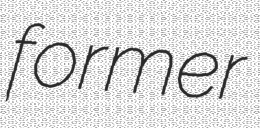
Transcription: former